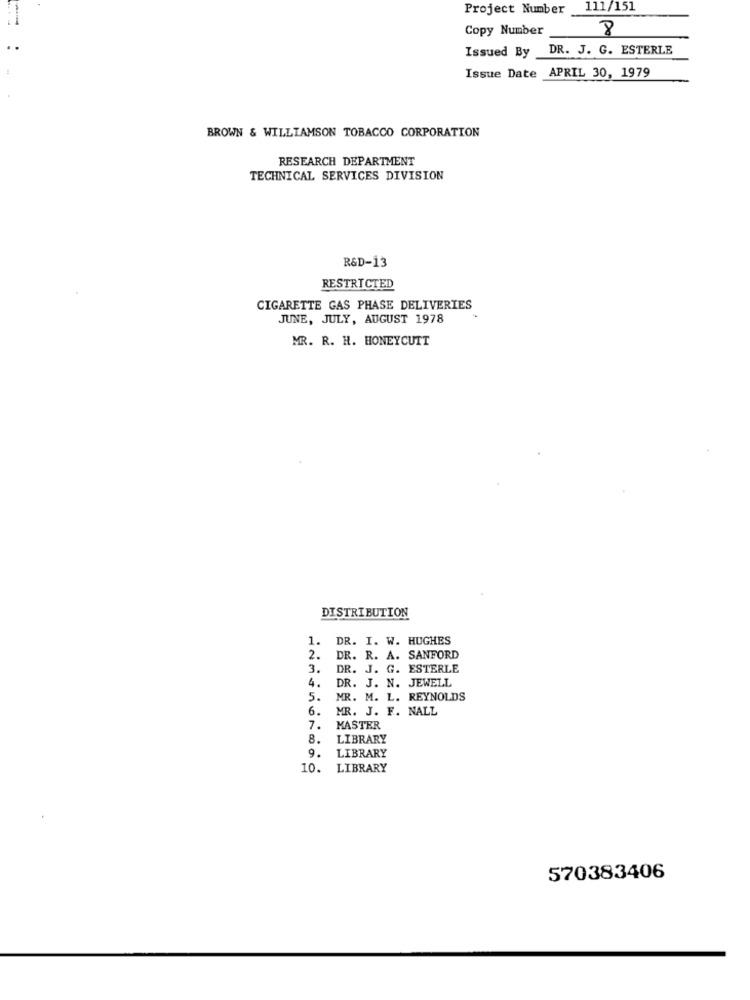
Project Number 111/151
Copy Number
8
DR. J. G. ESTERLE
Issued By
Issue Date APRIL 30, 1979
BROWN & WILLIAMSON TOBACCO CORPORATION
RESEARCH DEPARTMENT
TECHNICAL SERVICES DIVISION
R&D-13
RESTRICTED
CIGARETTE GAS PHASE DELIVERIES
JUNE, JULY, AUGUST 1978
MR. R. H. HONEYCUTT
DISTRIBUTION
1. DR. I. W. HUGHES
2.
DR. R. A. SANFORD
3.
DR. J. G. ESTERLE
DR. J. N. JEWELL
4.
5.
MR. M. L. REYNOLDS
6.
MR. J. F. NALL
7.
MASTER
8.
LIBRARY
9.
LIBRARY
10.
LIBRARY
570383406